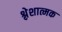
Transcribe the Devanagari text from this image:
श्लेशात्मक